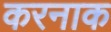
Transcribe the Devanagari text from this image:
करनाक